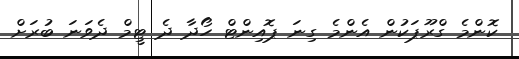
ކޮންމެ ގްރޫޕަކުން އެންމެ ގިނަ ޕޮއިންޓް ހޯދާ ދެ ޓީމް ދެވަނަ ބުރަށް